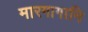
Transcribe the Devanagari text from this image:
मारगागानि